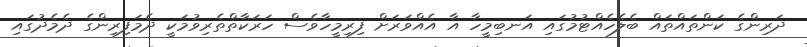
ދަރިންގެ ކަންތައްތައް ބެލެހެއްޓުމުގައި އަނބިމީހާ އާ އެއްވަރަށް ފިރިމީހާވެސް ހަރަކާތްތެރިވުމަކީ ދެމަފިރިންގެ ދެމެދުގައި